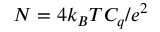
N = 4 k _ { B } T C _ { q } / e ^ { 2 }